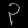
Digit: ၃